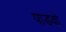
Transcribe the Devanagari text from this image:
पाडवो